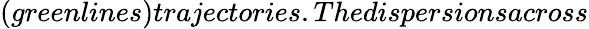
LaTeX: (greenlines)trajectories.Thedispersionsacross